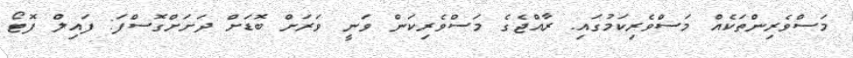
މަސްވެރިންތަކެއް މަސްވެރިކަމުގައި. ރާއްޖެގެ މަސްވެރިކަން ވަނީ ވަރަށް ބޮޑަށް ދަށަށްގޮސްފަ: ފައިލް ފޮޓޯ